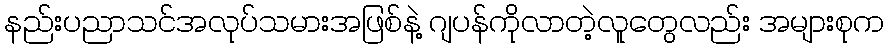
နည်းပညာသင်အလုပ်သမားအဖြစ်နဲ့ ဂျပန်ကိုလာတဲ့လူတွေလည်း အများစုက